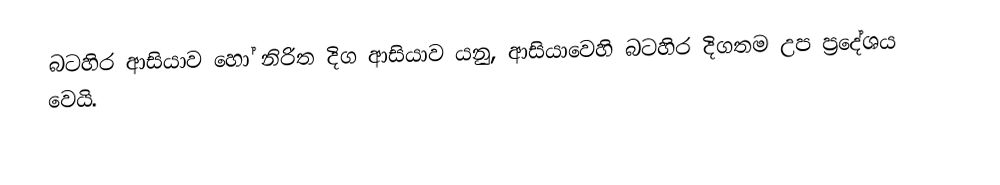
බටහිර ආසියාව හෝ නිරිත දිග ආසියාව යනු, ආසියාවෙහි බටහිර දිගතම උප ප්‍රදේශය වෙයි.